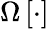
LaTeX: \Omega\left[\cdot\right]